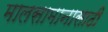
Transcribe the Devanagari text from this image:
मालसामानासाठी